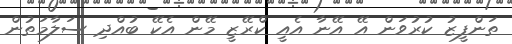
ތަންފީޒު ކުރުވަން އޭ އޭނާ އެއީ ކްރޭޒީ މޭން އެކޭ ބުއްދި ސަލާމަތުން